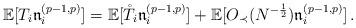
LaTeX: \begin{align*}\mathbb{E}[T_i \mathfrak{n}_i^{(p-1,p)}]=\mathbb{E}[\mathring{T}_i \mathfrak{n}_i^{(p-1,p)}]+\mathbb{E}[O_\prec(N^{-\frac12}) \mathfrak{n}_i^{(p-1,p)}]\,. \end{align*}